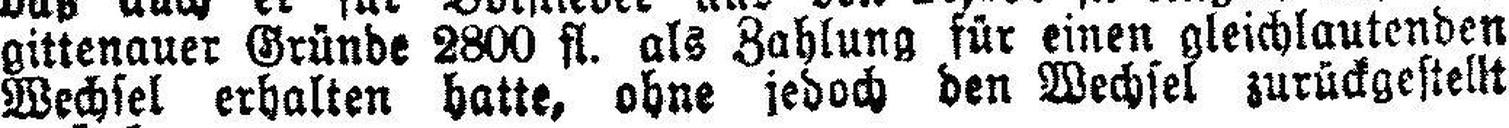
gittenauer Gründe 2800 fl. als Zahlung für einen gleichlautenden